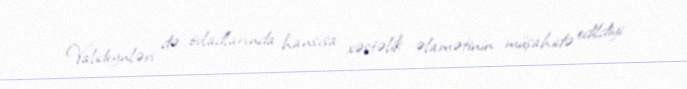
Valideynləri də övladlarında hansısa xəstəlik əlamətinin müşahidə edildiyi